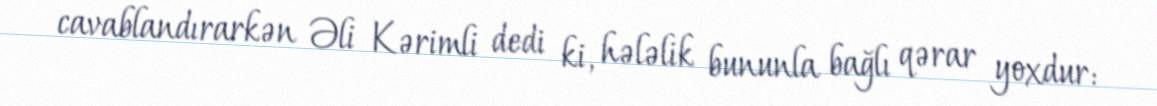
cavablandırarkən Əli Kərimli dedi ki, hələlik bununla bağlı qərar yoxdur: